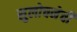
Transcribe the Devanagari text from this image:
सुलोचनेची